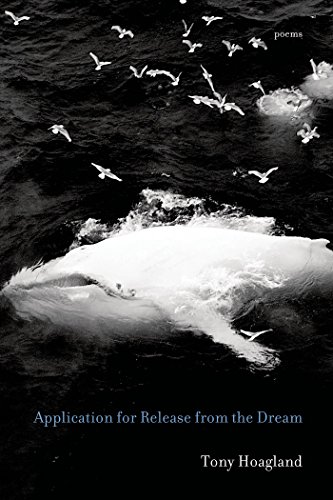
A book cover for Application for Release from the Dream: Poems; Tony Hoagland; Literature & Fiction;